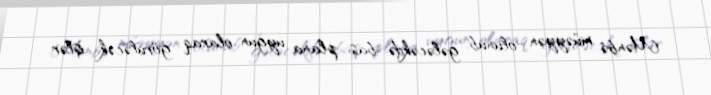
Mənbə müəyyən olunub, gələcəkdə baş plana uyğun olaraq görüləcək işlər